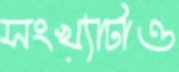
সংখ্যাটাও